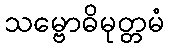
သမ္ဗောဓိမုတ္တမံ